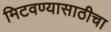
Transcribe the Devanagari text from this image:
मिटवण्यासाठीचा